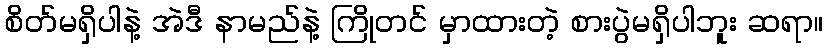
စိတ်မရှိပါနဲ့ အဲဒီ နာမည်နဲ့ ကြိုတင် မှာထားတဲ့ စားပွဲမရှိပါဘူး ဆရာ။